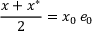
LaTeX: { \frac { x + x ^ { * } } { 2 } } = x _ { 0 } \, e _ { 0 }